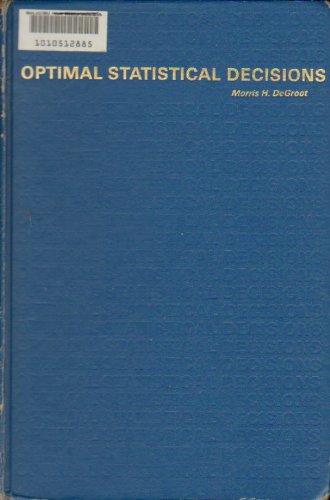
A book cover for Optimal Statistical Decisions (Probability & Statistics); Morris H. Degroot; Business & Money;